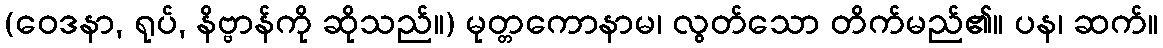
(ဝေဒနာ, ရုပ်, နိဗ္ဗာန်ကို ဆိုသည်။) မုတ္တကောနာမ၊ လွတ်သော တိက်မည်၏။ ပန၊ ဆက်။